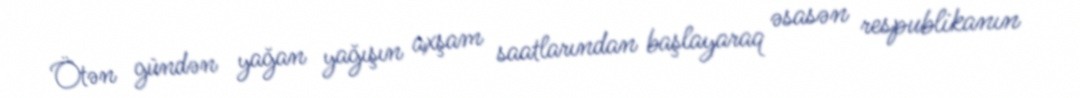
Ötən gündən yağan yağışın axşam saatlarından başlayaraq əsasən respublikanın